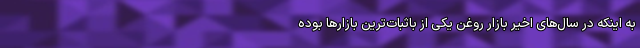
به اینکه در سال‌های اخیر بازار روغن یکی از باثبات‌ترین بازارها بوده